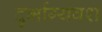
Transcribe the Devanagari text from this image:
दुर्भाग्‍यवश